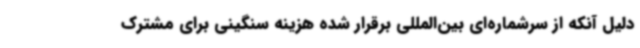
دلیل آنکه از سرشماره‌ای بین‌المللی برقرار شده هزینه‌ سنگینی برای مشترک